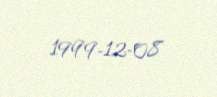
1999-12-08